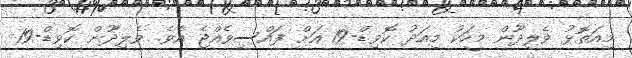
މިއަތޮޅު ވެލިދޫން މީހަކު މިއަދު ކޮވިޑް-19 އަށް ފައްސިވެއްޖެ އެވެ. ވެލިދޫން ކޮވިޑް-19